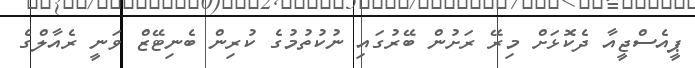
ޕީއެސްޖީއާ ދެކޮޅަށް މިރޭ ރަށުން ބޭރުގައި ނުކުތުމުގެ ކުރިން ބެނިޓޭޒް ވަނީ ރެއާލްގެ